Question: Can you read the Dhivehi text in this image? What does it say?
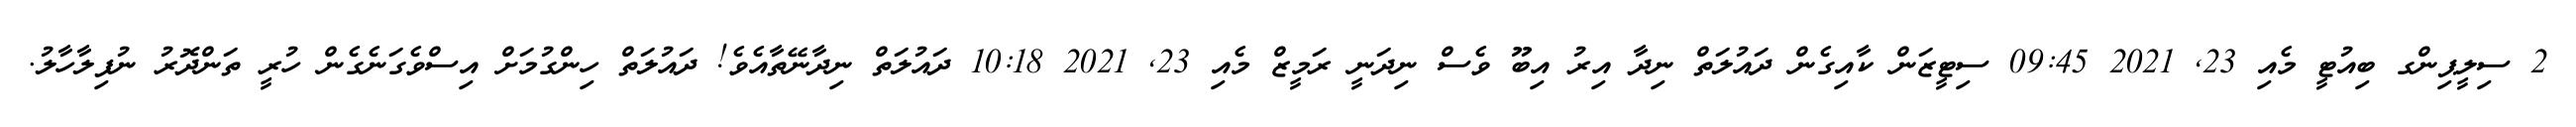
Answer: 2 ސިލީޕިންގ ބިއުޓީ މެއި 23, 2021 09:45 ސިޓީޒަން ކާއިގެން ދައުލަތް ނިދާ އިރު އިބޫ ވެސް ނިދަނީ ރަމީޒް މެއި 23, 2021 10:18 ދައުލަތް ނިދާނޭތާއެވެ! ދައުލަތް ހިންގުމަށް އިސްވެގަނެގެން ހުރީ ތަންދޮރު ނުފިލާހާލު.